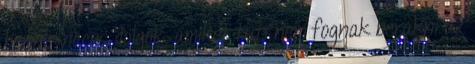
benne vicces dolgok, amiket tuti nem fognak berakni az